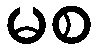
မစ